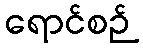
ရောင်စဉ်